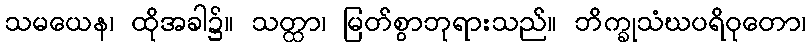
သမယေန၊ ထိုအခါ၌။ သတ္ထာ၊ မြတ်စွာဘုရားသည်။ ဘိက္ခုသံဃပရိဝုတော၊